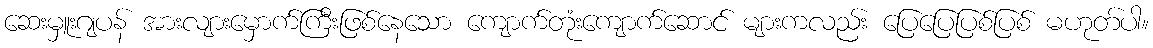
ဆေးမှူးဂျပန် အားလျားမှောက်ကြီးဖြစ်နေသော ကျောက်တုံးကျောက်ဆောင် များကလည်း ပြေပြေပြစ်ပြစ် မဟုတ်ပါ။